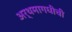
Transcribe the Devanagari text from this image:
अर्थमागधीची